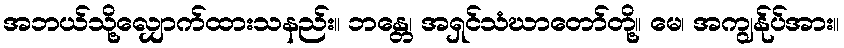
အဘယ်သို့လျှောက်ထားသနည်း။ ဘန္တေ၊ အရှင်သံဃာတော်တို့။ မေ၊ အကျွန်ုပ်အား။